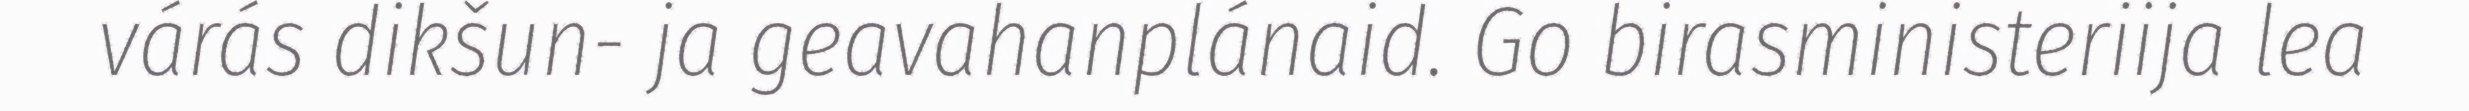
várás dikšun- ja geavahanplánaid. Go birasministeriija lea